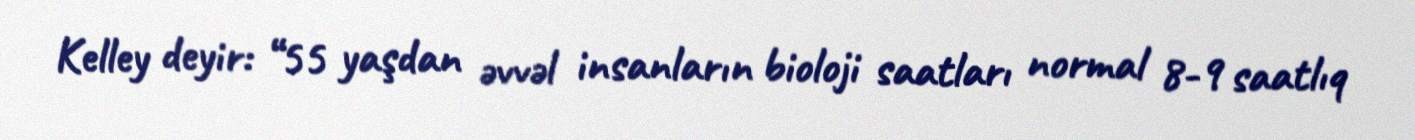
Kelley deyir: “55 yaşdan əvvəl insanların bioloji saatları normal 8-9 saatlıq